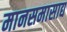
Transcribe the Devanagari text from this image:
मानसमासाद्य